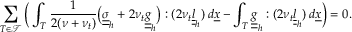
\sum _ { T \in \mathcal { T } } \bigg ( \int _ { T } \frac { 1 } { 2 ( \nu + \nu _ { t } ) } \big ( \underline { { \underline { { \sigma } } } } _ { h } + 2 \nu _ { t } \underline { { \underline { { g } } } } _ { h } \big ) : ( 2 \nu _ { t } \underline { { \underline { { l } } } } _ { h } ) \: d \underline { { x } } - \int _ { T } \underline { { \underline { { g } } } } _ { h } : ( 2 \nu _ { t } \underline { { \underline { { l } } } } _ { h } ) \: d \underline { { x } } \bigg ) = 0 .